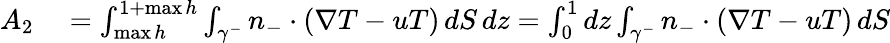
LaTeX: \begin{array}{rl}{A_{2}}&{{}=\int_{\operatorname*{max}h}^{1+\operatorname*{max}h}\int_{\gamma^{-}}n_{-}\cdot(\nabla T-uT)\, dS\, dz=\int_{0}^{1}dz\int_{\gamma^{-}}n_{-}\cdot(\nabla T-uT)\, dS}\end{array}